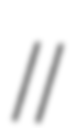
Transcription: II